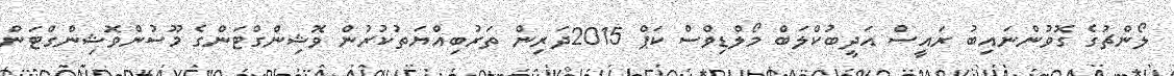
ލޯންޗުގެ ގޮވުންނައިބު ރައީސް އަދީބުކްލަބް މޯލްޑިވްސް ކަޕް 2015ދަރިން ތަރުބިއްޔަތުކުރުން ވޮޝިންގްޓަންގެ މޫސުންވޮޝިންގްޓަން